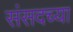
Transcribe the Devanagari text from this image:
संसदच्या